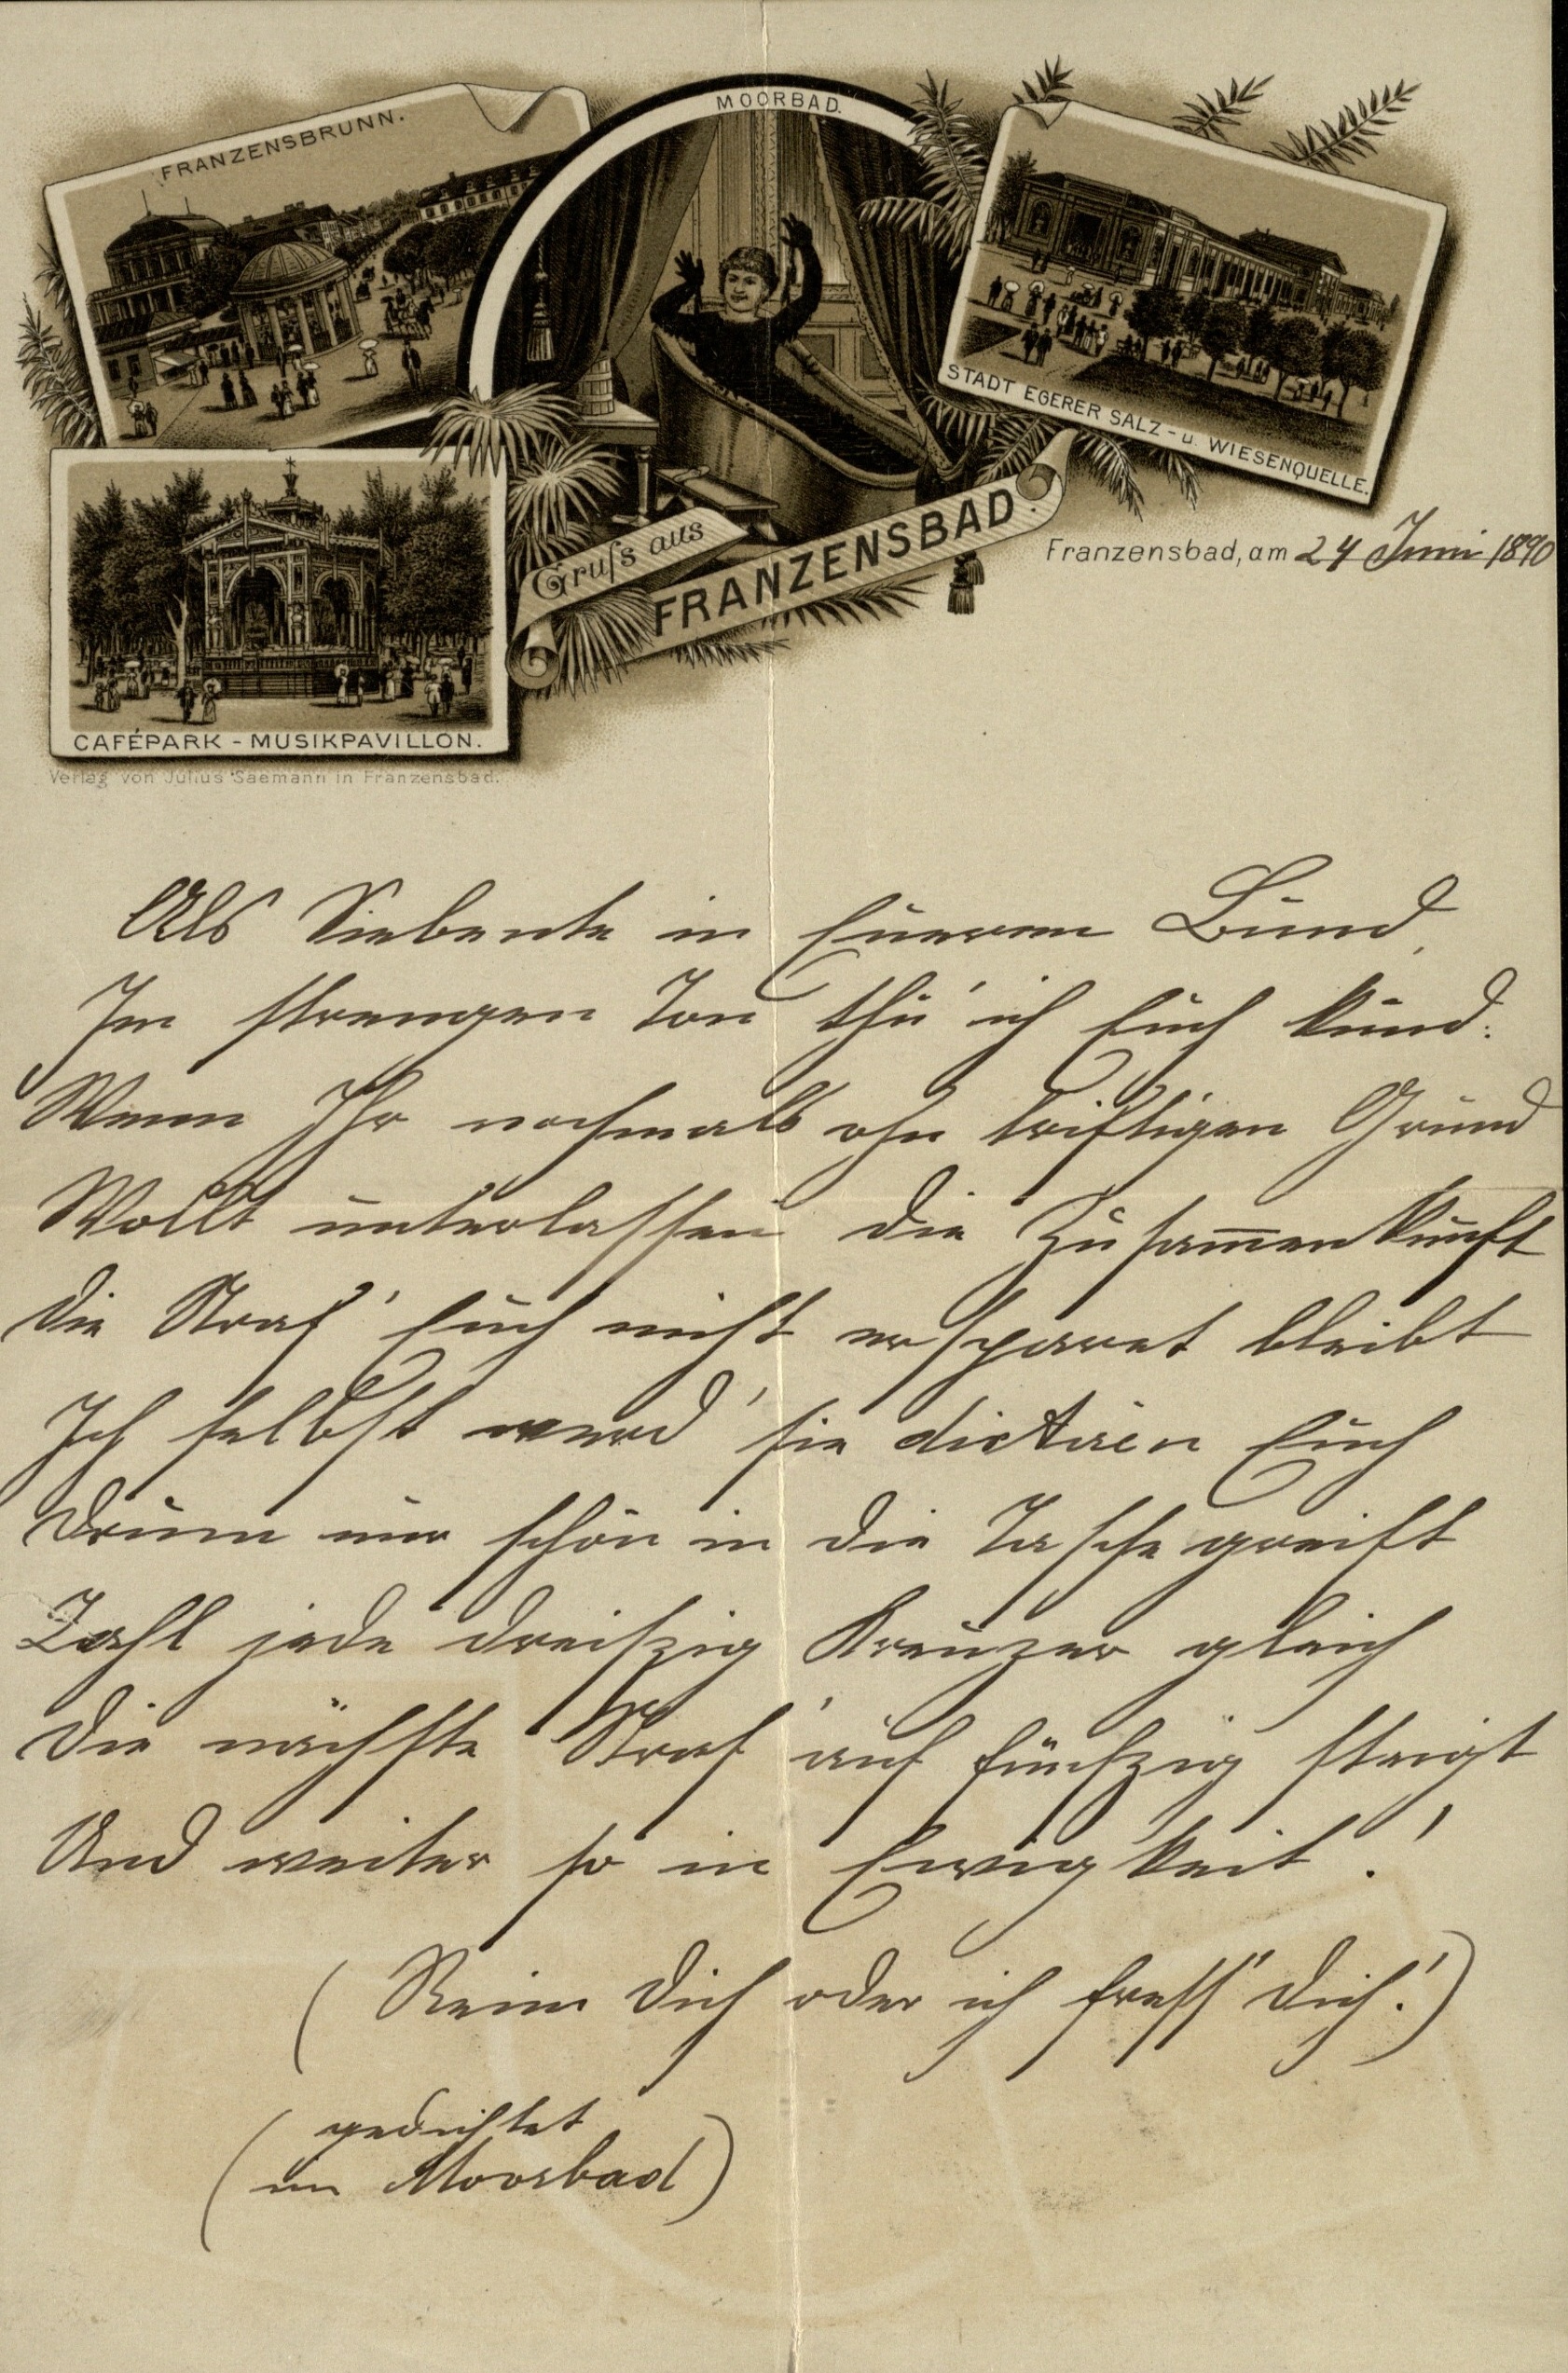
Franzensbad, am 24. Juni 1890
Als Siebente in Eurem Bund,
Im strengen Ton thu' ich Euch kund:
Wenn Ihr nochmals ohn triftigen Grund
Wollt unterlassen die Zusammenkunft
Die Straf' Euch nicht ersparet bliebt
Ich selbst werd sie dictieren Euch
Drumm mir schon in die Tasche greift
Zahl jede dreiszig Keuzer gleich
Die nächste Straf' auf fünfzig steigt
und weiter so in Ewigkeit!
(Reim Dich oder ich fress' Dich!)
(gedichtet
im Moorbad)